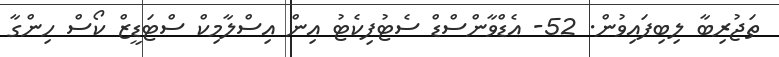
ތަޖުރިބާ ލިބިފައިވުން. 52- އެޑްވާންސްޑް ސެޓުފިކެޓު އިން އިސްލާމިކް ސްޓަޑީޒް ކޯސް ހިންގާ